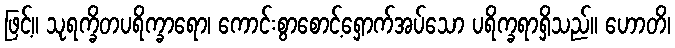
ဖြင့်။ သုရက္ခိတပရိက္ခာရော၊ ကောင်းစွာစောင့်ရှောက်အပ်သော ပရိက္ခရာရှိသည်။ ဟောတိ၊